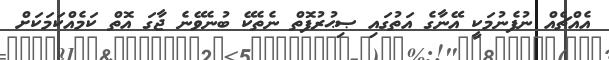
އެއްޗެއް ނުފެނުމަކީ އޭނާގެ އަތުގައި ޞިޙުރުފޮތް ނެތެކޭ ބުނެވޭނެ ޖާގަ އޮތް ކަމެއްކަމަކަށް